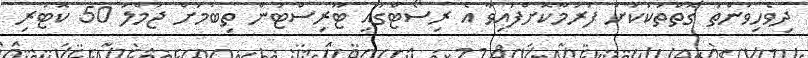
ދިވެހިވަންތަ ގޮތްތަކަކަށް ފަރުމާކޮށްފައިވާ އެ ރިސޯޓްގައި ޓޫރިސްޓުން ތިބުމަށް ޖުމްލަ 50 ކޮޓަރި